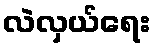
လဲလှယ်ရေး